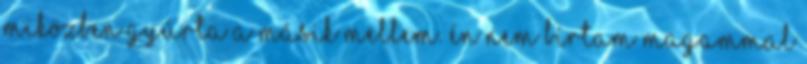
miközben gyúrta a másik mellem. Én nem bírtam magammal